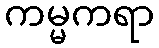
ကမ္မကရာ